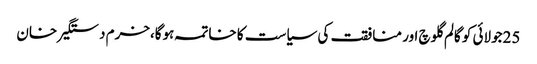
25جولائی کو گالم گلوچ اور منافقت کی سیاست کا خاتمہ ہوگا،خرم دستگیر خان